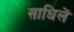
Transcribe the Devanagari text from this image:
साधिलें